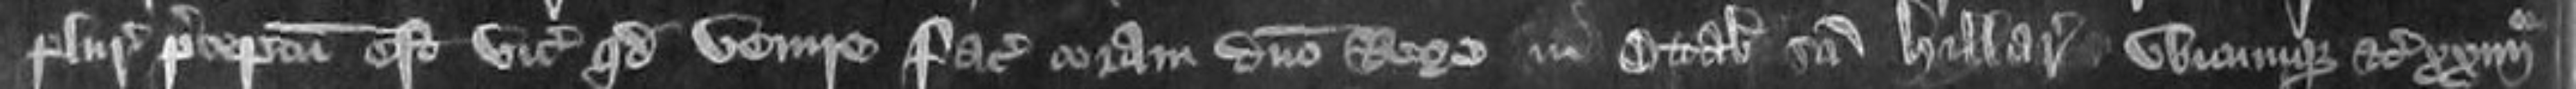
pluries preceptum est vicecomiti quod venire faciat coram domino Rege in Octabis Sancti Hilarii ubicumque etc xxquarto